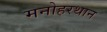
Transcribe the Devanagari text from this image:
मनोहरथान